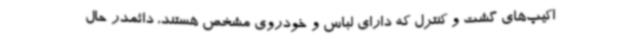
اکیپ‌های گشت و کنترل که دارای لباس و خودروی مشخص هستند، دائمدر حال